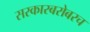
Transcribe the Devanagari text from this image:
सरकारबरोबरच